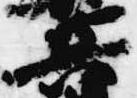
兵